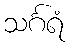
သင်္ဂရံ